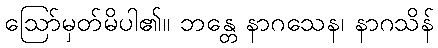
ဩော်မှတ်မိပါ၏။ ဘန္တေ နာဂသေန၊ နာဂသိန်